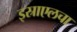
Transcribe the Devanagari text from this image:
इस्राएलचा